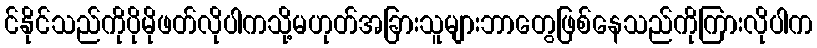
င်နိုင်သည်ကိုပိုမိုဖတ်လိုပါကသို့မဟုတ်အခြားသူများဘာတွေဖြစ်နေသည်ကိုကြားလိုပါက